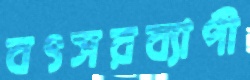
বৎসরব্যাপী